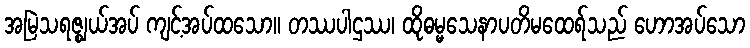
အမြဲသရဇ္ဈယ်အပ် ကျင့်အပ်ထသော။ တဿပါဌဿ၊ ထိုဓမ္မသေနာပတိမထေရ်သည် ဟောအပ်သော